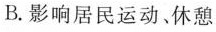
B.影响居民运动、休憩